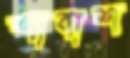
শাবাশ